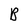
Character: B